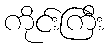
ကိုင်းကြီး